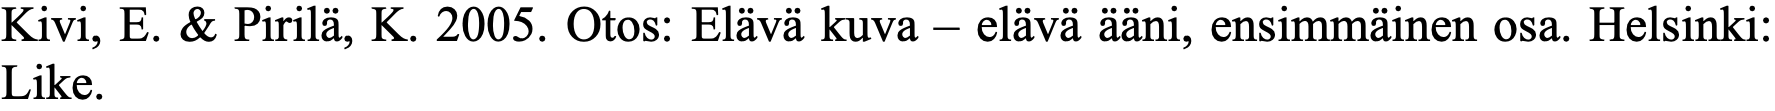
Kivi, E. & Pirilä, K. 2005. Otos: Elävä kuva – elävä ääni, ensimmäinen osa. Helsinki: Like.